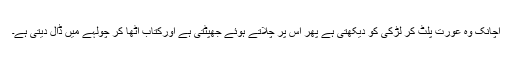
اچانک وہ عورت پلٹ کر لڑکی کو دیکھتی ہے پھر اس پر چلاتے ہوئے جھپٹتی ہے اورکتاب اٹھا کر چولہے میں ڈال دیتی ہے۔